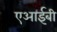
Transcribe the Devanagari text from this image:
एआईबी